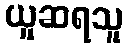
ယူဆရသူ